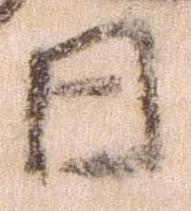
日